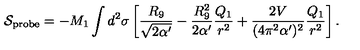
{ \cal S } _ { \mathrm { p r o b e } } = - M _ { 1 } \int d ^ { 2 } \sigma \left[ \frac { R _ { 9 } } { \sqrt { 2 \alpha ^ { \prime } } } - \frac { R _ { 9 } ^ { 2 } } { 2 \alpha ^ { \prime } } \frac { Q _ { 1 } } { r ^ { 2 } } + \frac { 2 V } { ( 4 \pi ^ { 2 } \alpha ^ { \prime } ) ^ { 2 } } \frac { Q _ { 1 } } { r ^ { 2 } } \right] .